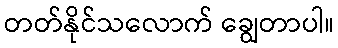
တတ်နိုင်သလောက် ချွေတာပါ။